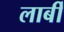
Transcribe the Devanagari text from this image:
लार्बी